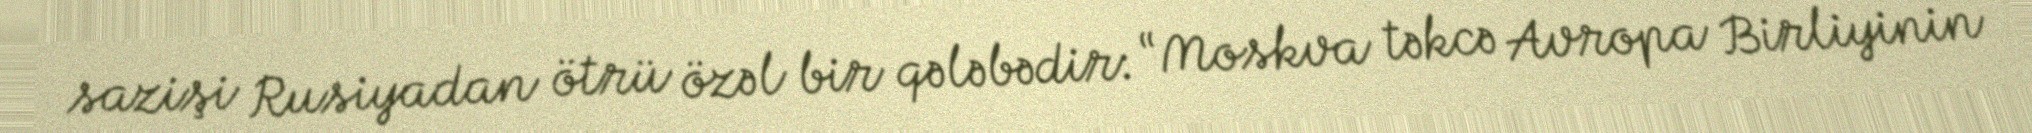
sazişi Rusiyadan ötrü özəl bir qələbədir: “Moskva təkcə Avropa Birliyinin